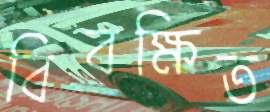
বিবক্ষিত